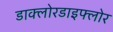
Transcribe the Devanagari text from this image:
डाक्लोरडाइफ्लोर